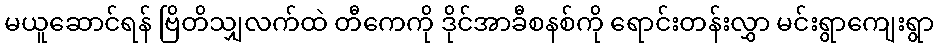
မယူဆောင်ရန် ဗြိတိသျှလက်ထဲ တီကေကို ဒိုင်အာခီစနစ်ကို ရောင်းတန်းလွှာ မင်းရွာကျေးရွာ